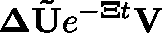
\mathbf { \Delta } \mathbf { \tilde { U } } e ^ { \mathbf { - \mathbf { \Xi } } t } \mathbf { V }